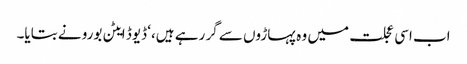
اب اسی عجلت میں وہ پہاڑوں سے گر رہے ہیں،‘ ڈیوڈ ایٹن بورو نے بتایا۔